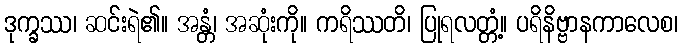
ဒုက္ခဿ၊ ဆင်းရဲ၏။ အန္တံ၊ အဆုံးကို။ ကရိဿတိ၊ ပြုရလတ္တံ့။ ပရိနိဗ္ဗာနကာလေစ၊